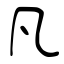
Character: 凡